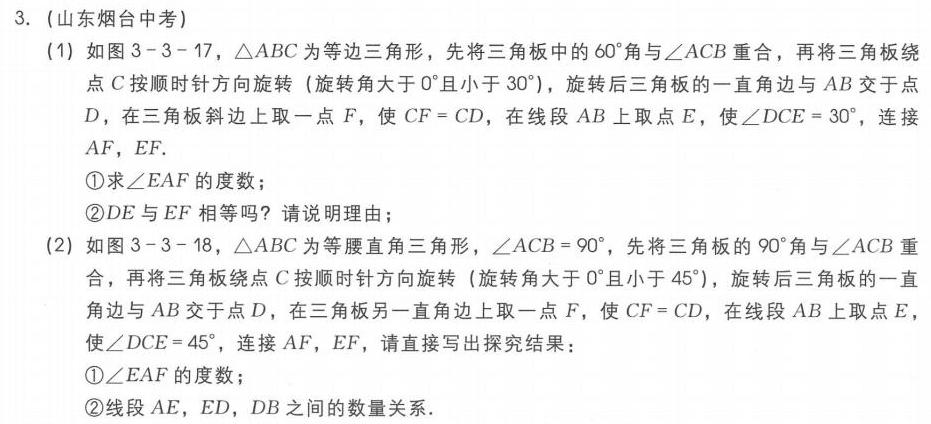
3. (山东烟台中考)
(1) 如图3 - 3 - 17，\(\triangle ABC\)为等边三角形，先将三角板中的\(60^{\circ}\)角与\(\angle ACB\)重合，再将三角板绕点\(C\)按顺时针方向旋转（旋转角大于\(0^{\circ}\)且小于\(30^{\circ}\)），旋转后三角板的一直角边与\(AB\)交于点\(D\)，在三角板斜边上取一点\(F\)，使\(CF = CD\)，在线段\(AB\)上取点\(E\)，使\(\angle DCE = 30^{\circ}\)，连接\(AF,EF\).
\textcircled{1}求\(\angle EAF\)的度数；
\textcircled{2}\(DE\)与\(EF\)相等吗？请说明理由；
(2) 如图3 - 3 - 18，\(\triangle ABC\)为等腰直角三角形，\(\angle ACB = 90^{\circ}\)，先将三角板的\(90^{\circ}\)角与\(\angle ACB\)重合，再将三角板绕点\(C\)按顺时针方向旋转（旋转角大于\(0^{\circ}\)且小于\(45^{\circ}\)），旋转后三角板的一直角边与\(AB\)交于点\(D\)，在三角板另一直角边上取一点\(F\)，使\(CF = CD\)，在线段\(AB\)上取点\(E\)，使\(\angle DCE = 45^{\circ}\)，连接\(AF,EF\)，请直接写出探究结果：
\textcircled{1}\(\angle EAF\)的度数；
\textcircled{2}线段\(AE,ED,DB\)之间的数量关系．